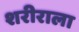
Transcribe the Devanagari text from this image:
शरीराला